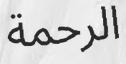
الرحمة